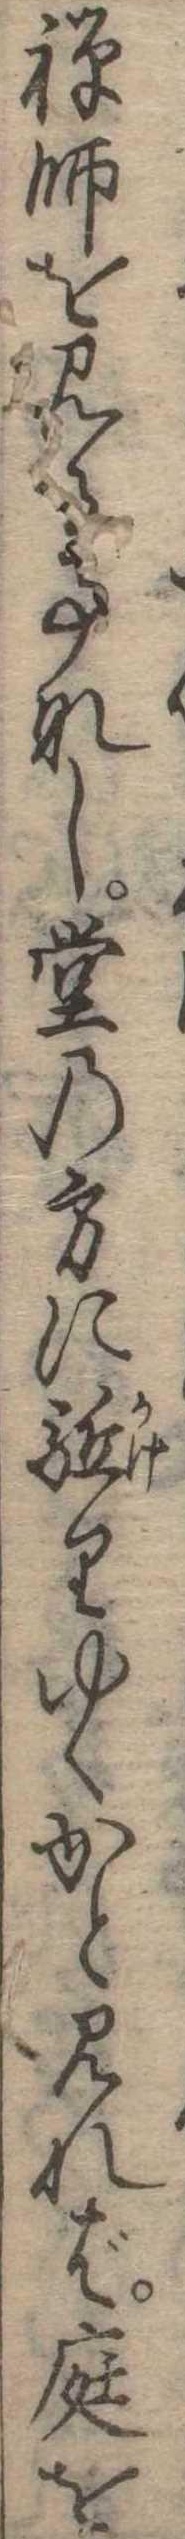
禅師を見る事なし堂の方に駆りゆくかと見れば庭を